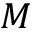
M